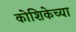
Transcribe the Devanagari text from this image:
कोशिकेच्या